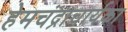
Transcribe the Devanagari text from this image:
हेमचंद्राचार्यका